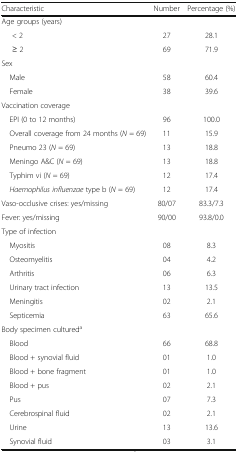
<table><thead><tr><td><b>Characteristic</b></td><td><b>Number</b></td><td><b>Percentage (%)</b></td></tr></thead><tbody><tr><td colspan="3">Age groups (years)</td></tr><tr><td>&lt; 2</td><td>27</td><td>28.1</td></tr><tr><td>≥ 2</td><td>69</td><td>71.9</td></tr><tr><td colspan="3">Sex</td></tr><tr><td> Male</td><td>58</td><td>60.4</td></tr><tr><td> Female</td><td>38</td><td>39.6</td></tr><tr><td colspan="3">Vaccination coverage</td></tr><tr><td> EPI (0 to 12 months)</td><td>96</td><td>100.0</td></tr><tr><td> Overall coverage from 24 months (<i>N</i> = 69)</td><td>11</td><td>15.9</td></tr><tr><td> Pneumo 23 (<i>N</i> = 69)</td><td>13</td><td>18.8</td></tr><tr><td> Meningo A&amp;C (<i>N</i> = 69)</td><td>13</td><td>18.8</td></tr><tr><td> Typhim vi (<i>N</i> = 69)</td><td>12</td><td>17.4</td></tr><tr><td> <i>Haemophilus influenzae</i> type b (<i>N</i> = 69)</td><td>12</td><td>17.4</td></tr><tr><td>Vaso-occlusive crises: yes/missing</td><td>80/07</td><td>83.3/7.3</td></tr><tr><td>Fever: yes/missing</td><td>90/00</td><td>93.8/0.0</td></tr><tr><td colspan="3">Type of infection</td></tr><tr><td> Myositis</td><td>08</td><td>8.3</td></tr><tr><td> Osteomyelitis</td><td>04</td><td>4.2</td></tr><tr><td> Arthritis</td><td>06</td><td>6.3</td></tr><tr><td> Urinary tract infection</td><td>13</td><td>13.5</td></tr><tr><td> Meningitis</td><td>02</td><td>2.1</td></tr><tr><td> Septicemia</td><td>63</td><td>65.6</td></tr><tr><td colspan="3">Body specimen cultured<sup>a</sup></td></tr><tr><td> Blood</td><td>66</td><td>68.8</td></tr><tr><td> Blood + synovial fluid</td><td>01</td><td>1.0</td></tr><tr><td> Blood + bone fragment</td><td>01</td><td>1.0</td></tr><tr><td> Blood + pus</td><td>02</td><td>2.1</td></tr><tr><td> Pus</td><td>07</td><td>7.3</td></tr><tr><td> Cerebrospinal fluid</td><td>02</td><td>2.1</td></tr><tr><td> Urine</td><td>13</td><td>13.6</td></tr><tr><td> Synovial fluid</td><td>03</td><td>3.1</td></tr></tbody></table>